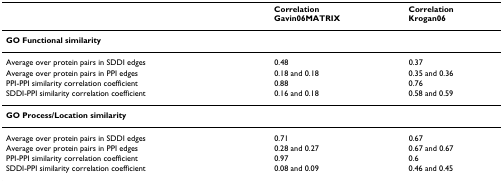
|  | CorrelationGavin06MATRIX | CorrelationKrogan06 |
 | --- | --- | --- |
 | <COLSPAN=3> GO Functional similarity |
 | Average over protein pairs in SDDI edges | 0.48 | 0.37 |
 | Average over protein pairs in PPI edges | 0.18 and 0.18 | 0.35 and 0.36 |
 | PPI-PPI similarity correlation coefficient | 0.88 | 0.76 |
 | SDDI-PPI similarity correlation coefficient | 0.16 and 0.18 | 0.58 and 0.59 |
 | <COLSPAN=3> GO Process/Location similarity |
 | Average over protein pairs in SDDI edges | 0.71 | 0.67 |
 | Average over protein pairs in PPI edges | 0.28 and 0.27 | 0.67 and 0.67 |
 | PPI-PPI similarity correlation coefficient | 0.97 | 0.6 |
 | SDDI-PPI similarity correlation coefficient | 0.08 and 0.09 | 0.46 and 0.45 |